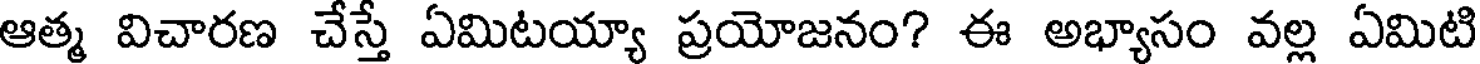
ఆత్మ విచారణ చేస్తే ఏమిటయ్యా ప్రయోజనం? ఈ అభ్యాసం వల్ల ఏమిటి